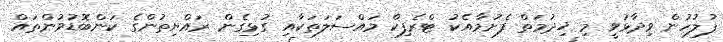
ފުލުހުން ވިދާޅުވީ މި ޚިދުމަތް ފެށުމާއެކު ޓްރެފިކް މައްސަލަތަކާއި ގުޅިގެން ރައްޔިތުންގެ ކަންބޮޑުވުންތައް